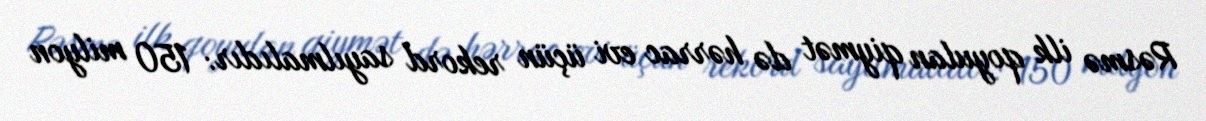
Rəsmə ilk qoyulan qiymət də hərrac evi üçün rekord sayılmalıdır: 150 milyon